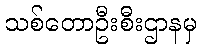
သစ်တောဦးစီးဌာနမှ